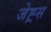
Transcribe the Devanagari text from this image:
जेह्र्स